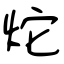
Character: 炨